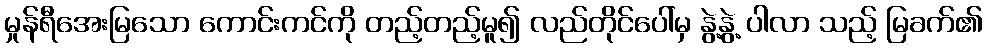
မှုန်ရီအေးမြသော ကောင်းကင်ကို တည့်တည့်မူ၍ လည်တိုင်ပေါ်မှ နွဲ့နွဲ့ ပါလာ သည့် မြခက်၏